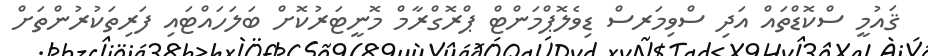
ޤައުމީ ސްކޮޑްތައް އަދި ސްވިމަރސް ޑިވެލޮޕްމަންޓް ޕްރޮގްރާމް މޮނީޓަރުކޮށް ބަލަހައްޓައި ފަރިތަކުރުންތަށް